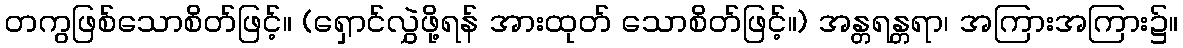
တကွဖြစ်သောစိတ်ဖြင့်။ (ရှောင်လွှဲဖို့ရန် အားထုတ် သောစိတ်ဖြင့်။) အန္တရန္တရာ၊ အကြားအကြား၌။